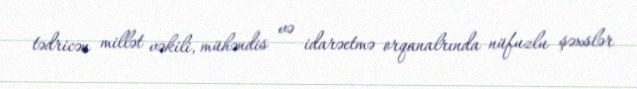
tədricən millət vəkili, mühəndis və idarəetmə orqanalrında nüfuzlu şəxslər